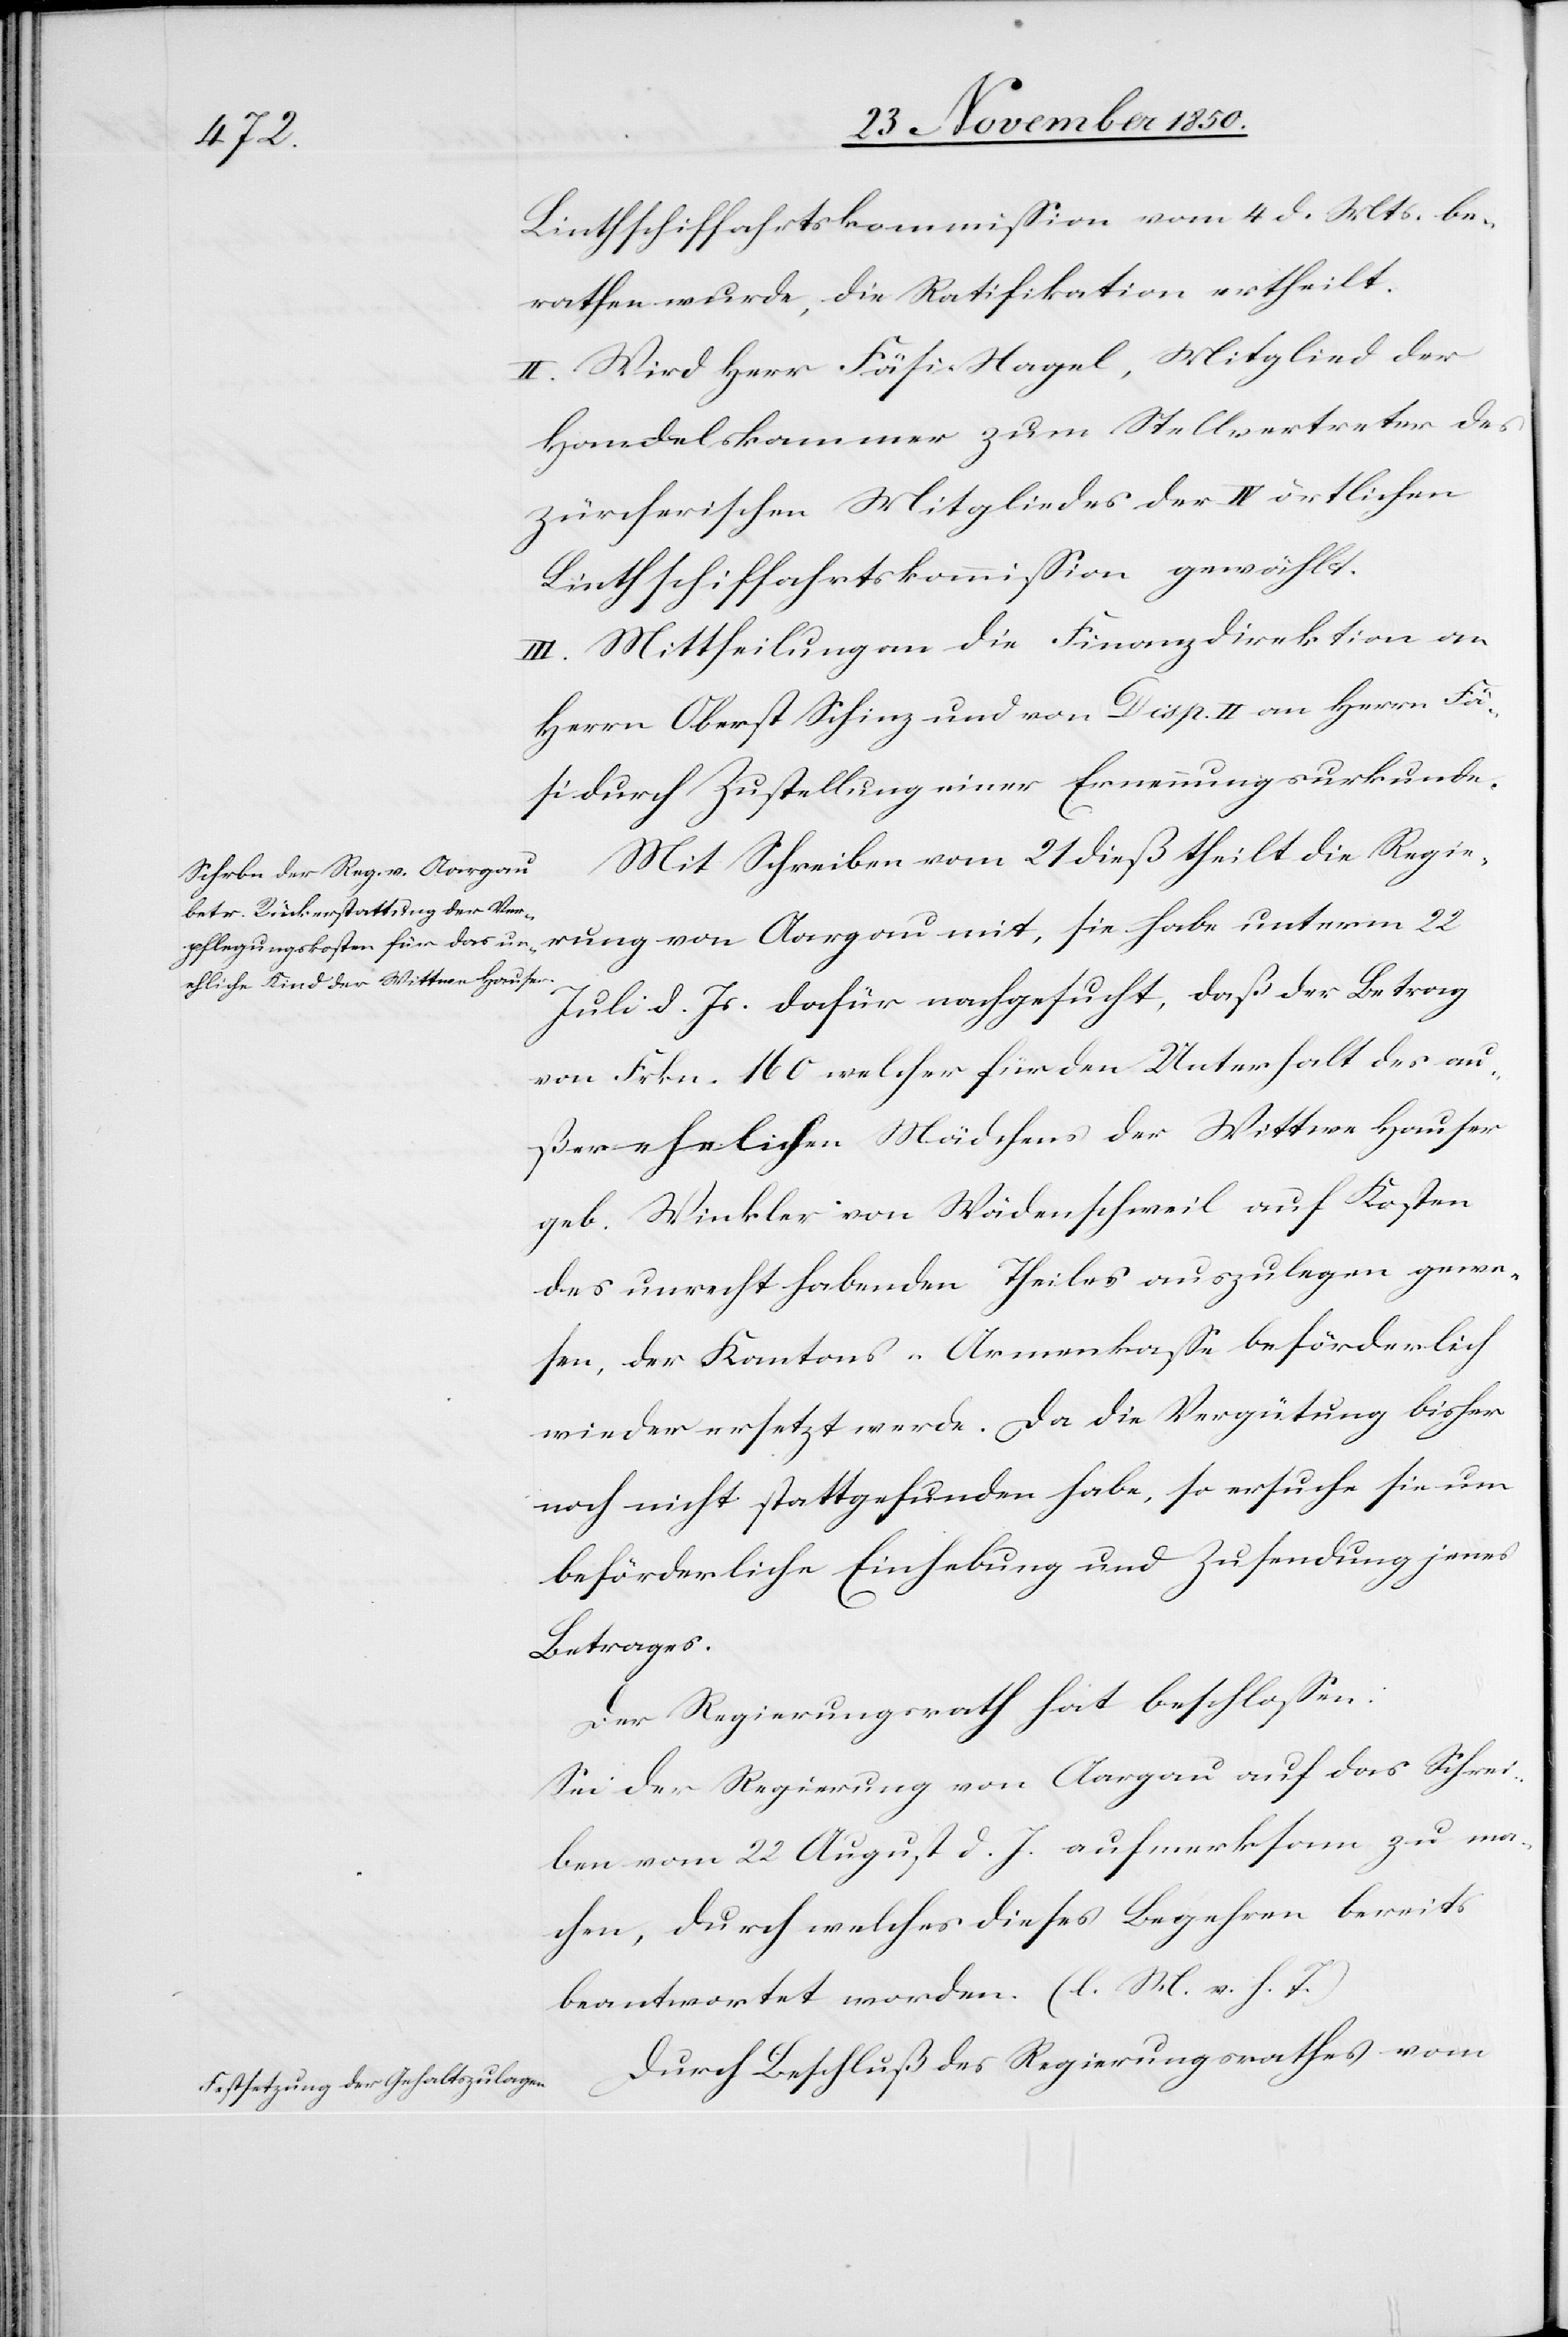
Linthschiffahrtskommission vom 4 d. Mts. be¬
rathen wurde, die Ratifikation ertheilt.
II. Wird Herr Fäsi-Nagel, Mitglied der
Handelskammer zum Stellvertreter des
zürcherischen Mitgliedes der IV örtlichen
Linthschiffahrtskommission gewählt.
III. Mittheilung an die Finanzdirektion an
Herrn Oberst Schinz und von Disp. II an Herrn Fä¬
si durch Zustellung einer Ernennungsurkunde.
Mit Schreiben vom 21 dieß theilt die Regie¬
rung von Aargau mit, sie habe unterm 22
Juli d. Js. dafür nachgesucht, daß der Betrag
von Frkn. 160 welcher für den Unterhalt des au¬
ßerehelichen Mädchens der Wittwe Hauser
geb. Winkler von Wädenschweil auf Kosten
des unrecht habenden Theiles auszulegen gewe¬
sen, der Kantons-Armenkasse beförderlich
wieder ersetzt werde. Da die Vergütung bisher
noch nicht stattgefunden habe, so ersuche sie um
beförderliche Einhebung und Zusendung jenes
Betrages.
Der Regierungsrath hat beschlossen:
[recte: die] Regierung von Aargau auf das Schrei¬
ben vom 22 August d. J. aufmerksam zu ma¬
chen, durch welches dieses Begehren bereits
beantwortet worden. (l. M. v. h. T.)
Durch Beschluß des Regierungsrathes vom